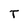
Character: T